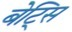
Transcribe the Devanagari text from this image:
बेट्सि